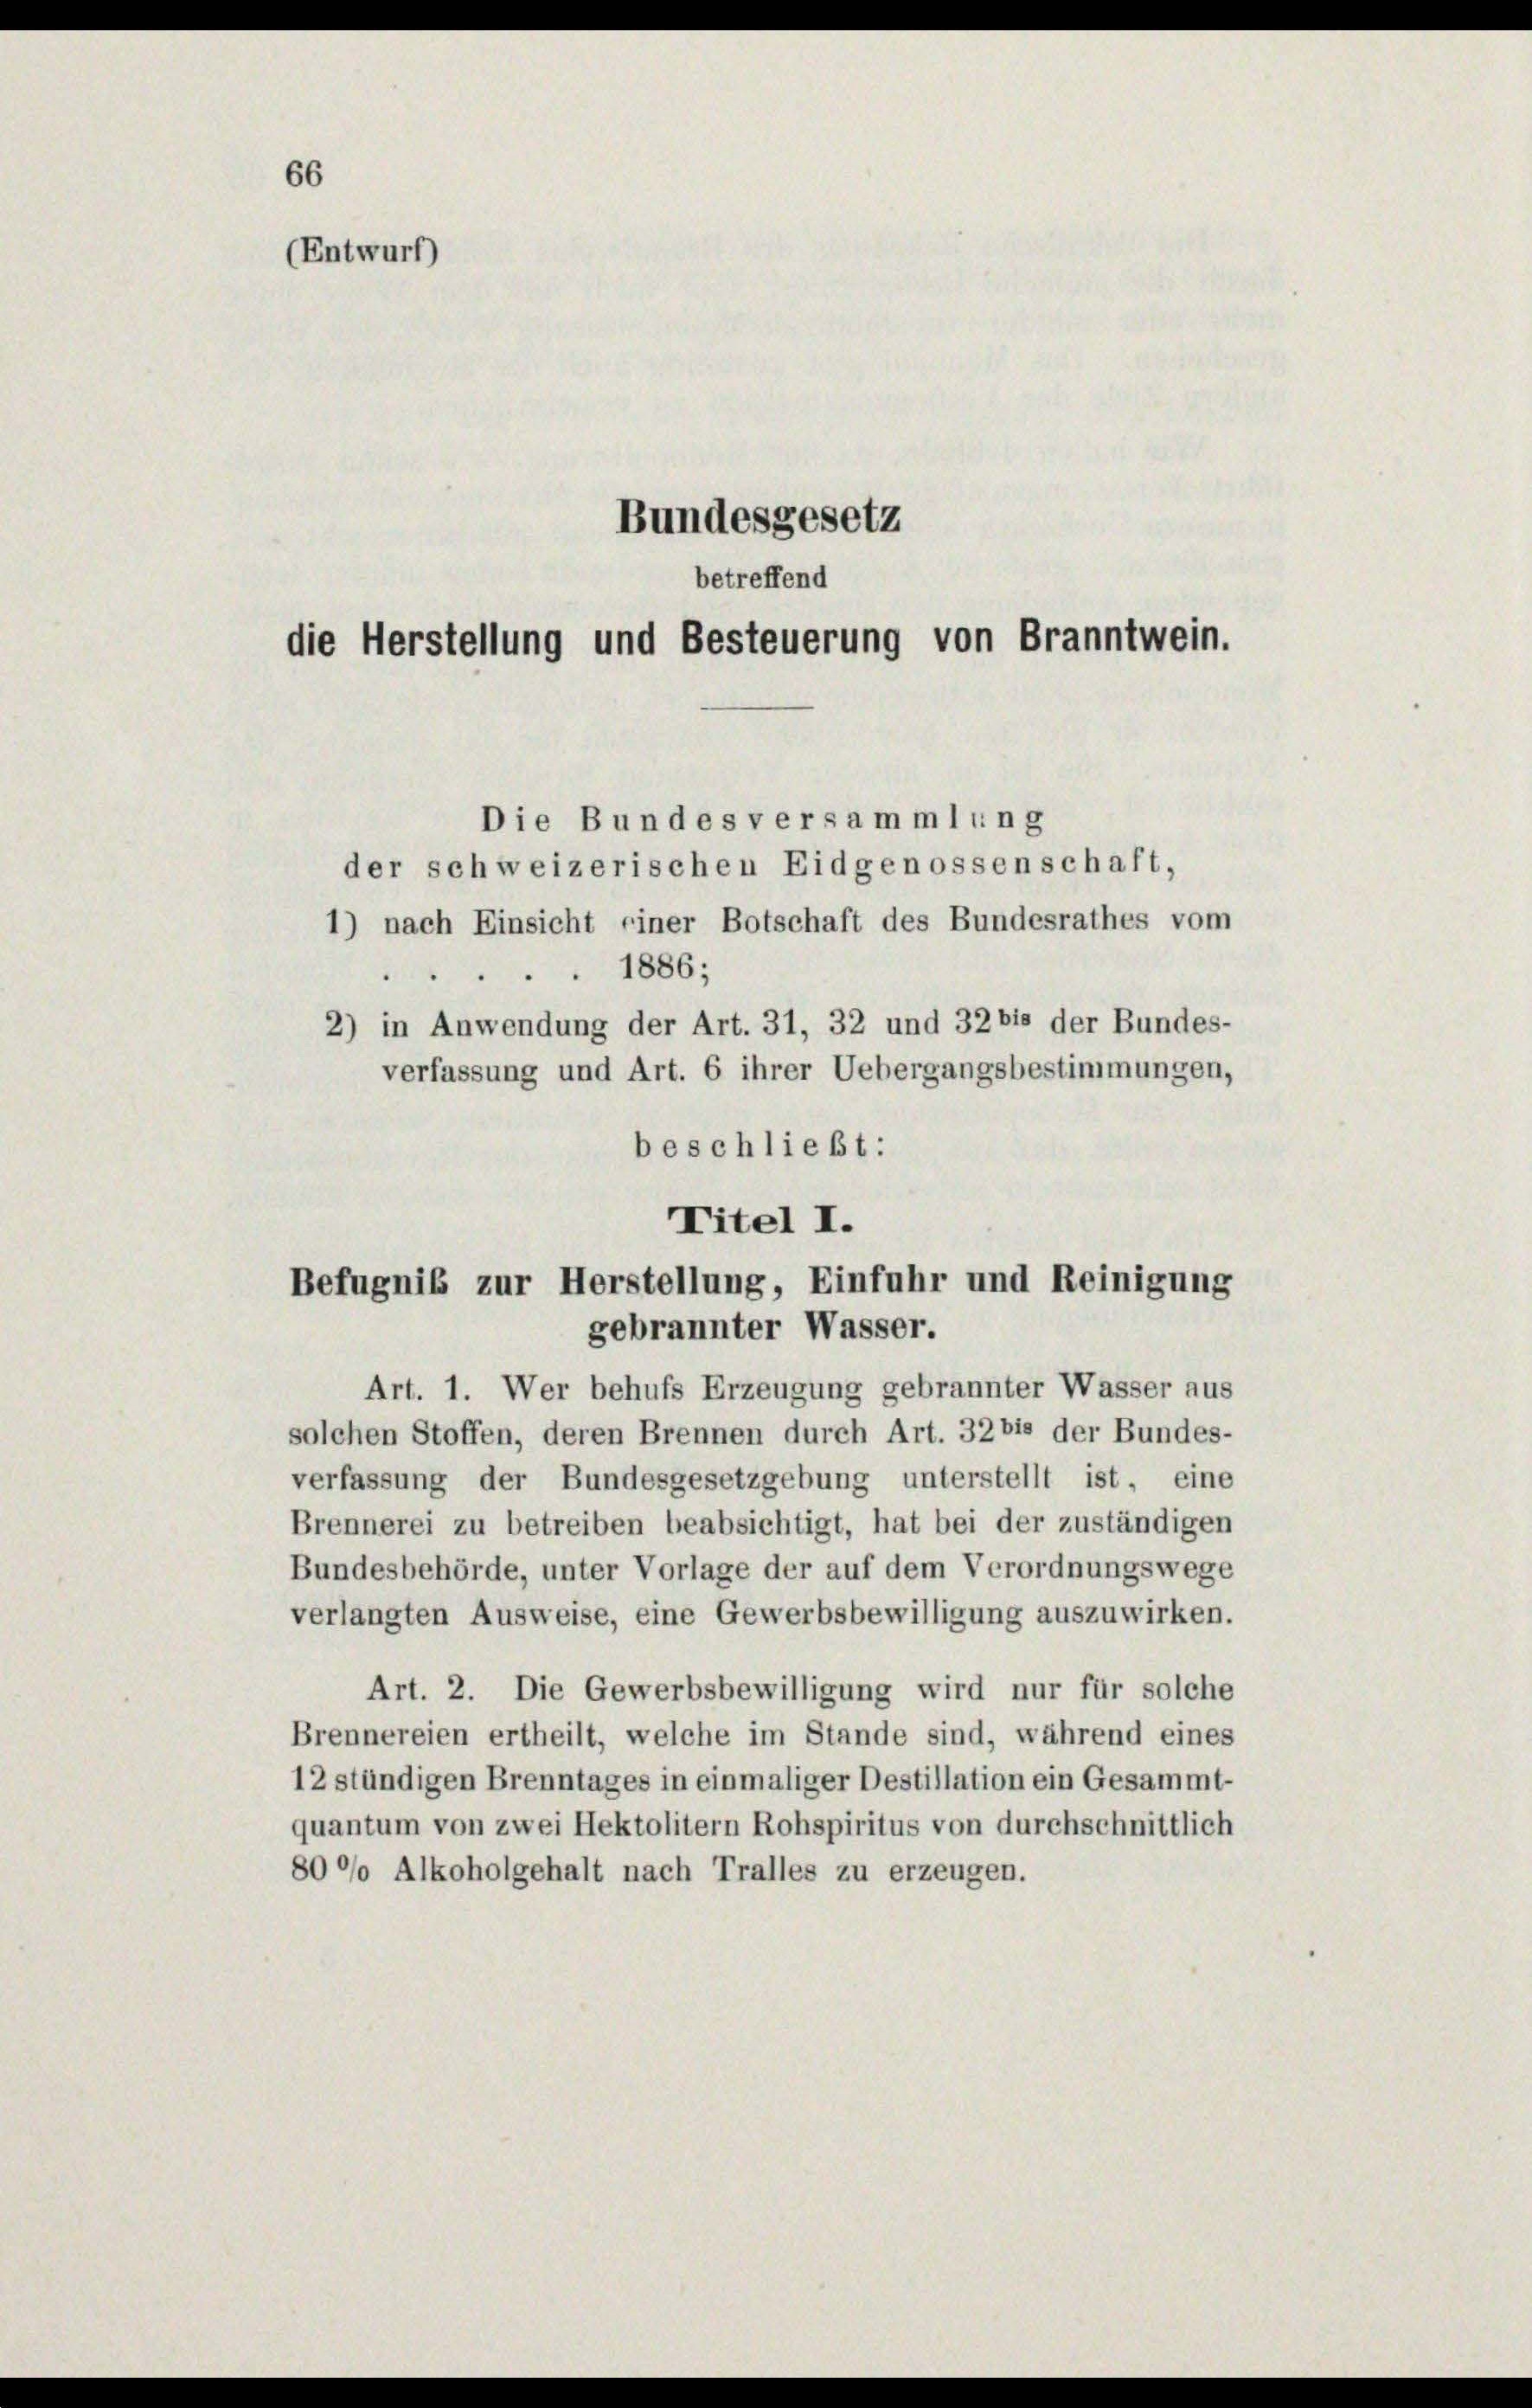
66
(Entwurf)
Bundesgesetz

der schweizerischen Eidgenossenschaft,
1) nach Einsicht einer Botschaft des Bundesrathes vom
1886;
2) in Anwendung der Art. 31, 32 und 32 bis der Bundes-
verfassung und Art. 6 ihrer Uebergangsbestimmungen,
beschließt:
Titel I.

Art. 1. Wer behufs Erzeugung gebrannter Wasser aus
solchen Stoffen, deren Brennen durch Art. 32 bis der Bundes-
verfassung der Bundesgesetzgebung unterstellt ist, eine
Brennerei zu betreiben beabsichtigt, hat bei der zuständigen
Bundesbehörde, unter Vorlage der auf dem Verordnungswege
verlangten Ausweise, eine Gewerbsbewilligung auszuwirken.
Art. 2. Die Gewerbsbewilligung wird nur für solche
Brennereien ertheilt, welche im Stande sind, während eines
12 stündigen Brenntages in einmaliger Destillation ein Gesammt-
quantum von zwei Hektolitern Rohspiritus von durchschnittlich
80°/o Alkoholgehalt nach Tralles zu erzeugen.

betreffend
die Herstellung und Besteuerung von Branntwein.
Die Bundes versammlung

Befugnis zur Herstellung, Einfuhr und Reinigung
gebrannter Wasser.